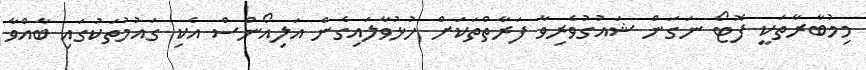
މިމުބާރާތަކީ ފޮޓޯ ނަގަން ޝައުގުވެރިވާ ފަރާތްތަކަށް ހުޅުވާލައިގެން އަލިއޯންސް އެކި ގައުމުތަކުގައި ބާއްވާ